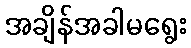
အချိန်အခါမရွေး